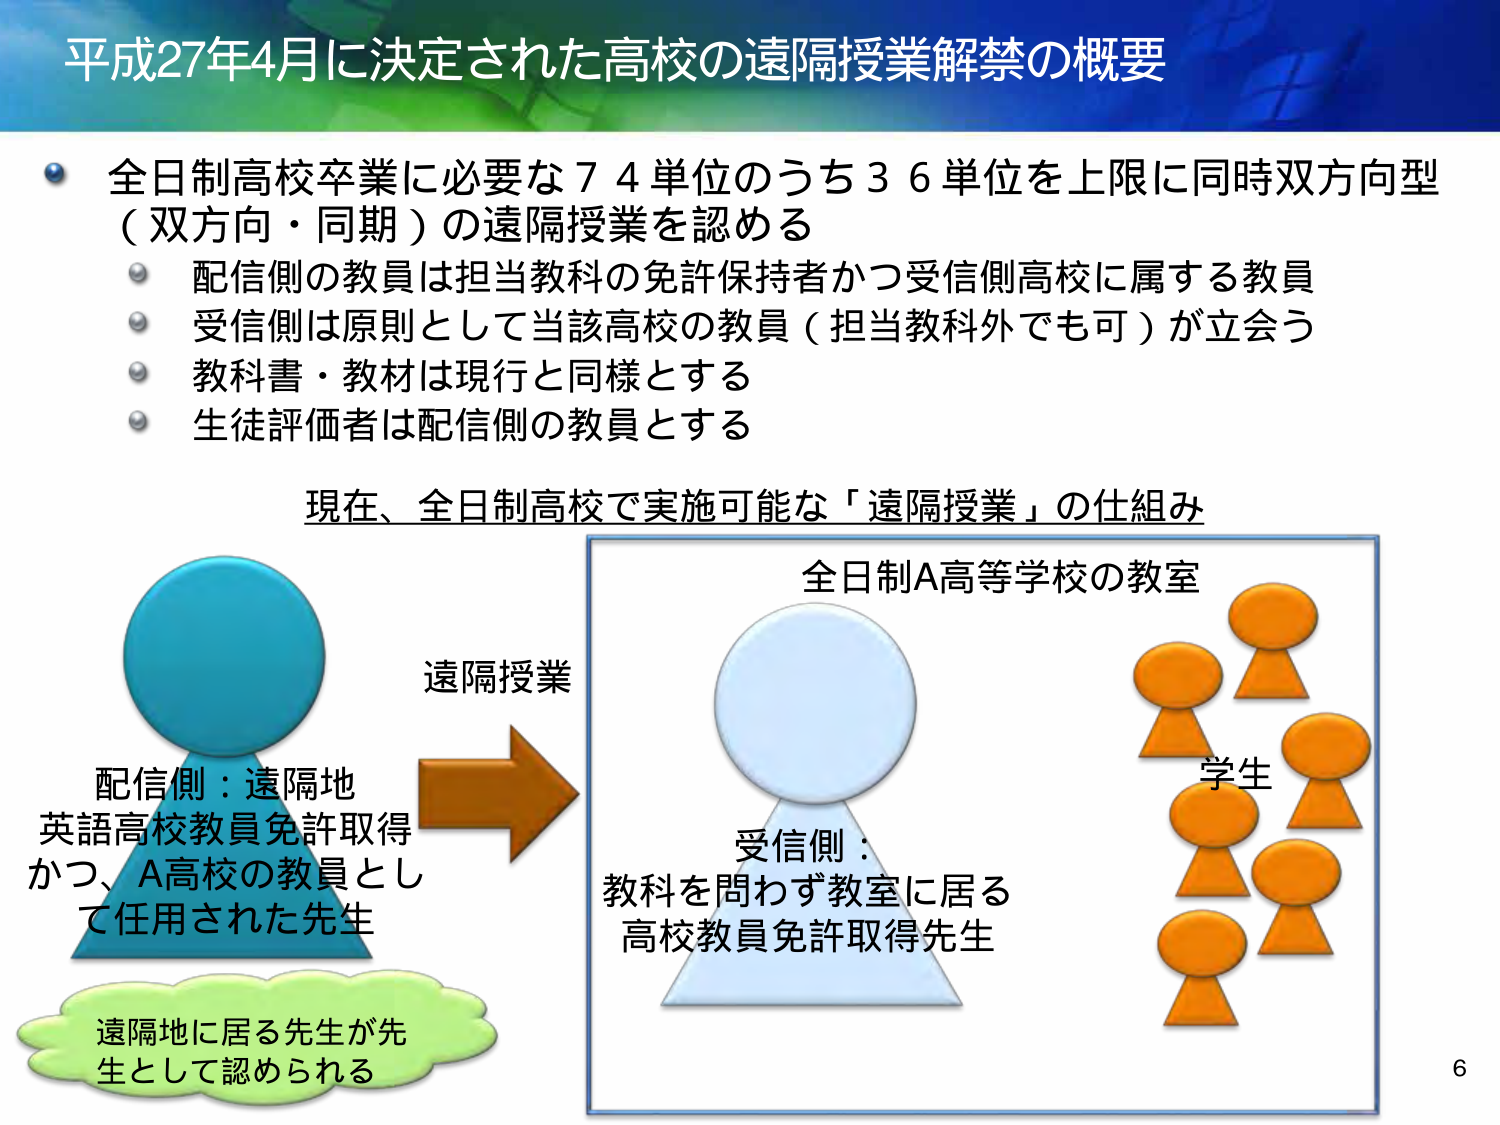
平成27年4月に決定された高校の遠隔授業解禁の概要

全日制高校卒業に必要な７４単位のうち３６単位を上限に同時双方向型（双方向・同期）の遠隔授業を認める
・配信側の教員は担当教科の免許保持者かつ受信側高校に属する教員
・受信側は原則として当該高校の教員（担当教科外でも可）が立会う
・教科書・教材は現行と同様とする
・生徒評価者は配信側の教員とする

現在、全日制高校で実施可能な「遠隔授業」の仕組み

配信側：遠隔地
英語高校教員免許取得
かつ、A高校の教員として任用された先生

遠隔地に居る先生が先生として認められる

遠隔授業

全日制A高等学校の教室

受信側：
教科を問わず教室に居る
高校教員免許取得先生

学生

6